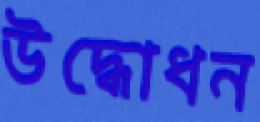
উদ্ধোধন